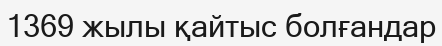
1369 жылы қайтыс болғандар